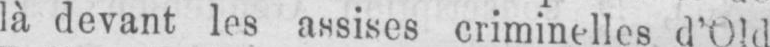
là devant les assises criminelles d’Old